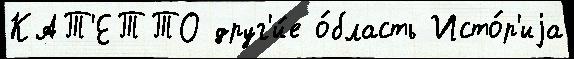
КАТ'ЕТТО друг'и́е о́бласть Исто́р'иjа